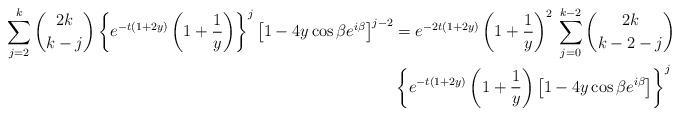
LaTeX: \begin{align*}\sum_{j=2}^k \binom{2k}{k-j}\left\{e^{-t(1+2y)} \left(1+\frac{1}{y}\right)\right\}^j\left[1-4y\cos\beta e^{i\beta}\right]^{j-2} &= e^{-2t(1+2y)} \left(1+\frac{1}{y}\right)^2 \, \sum_{j=0}^{k-2} \binom{2k}{k-2-j}\\&\left\{e^{-t(1+2y)} \left(1+\frac{1}{y}\right)\left[1-4y\cos\beta e^{i\beta}\right]\right\}^{j}\end{align*}